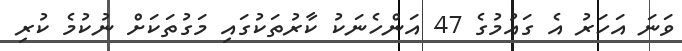
ވަނަ އަހަރު އެ ގައުމުގެ 47 އަންހެނަކު ކާރުތަކުގައި މަގުތަކަށް ނުކުމެ ކުރި